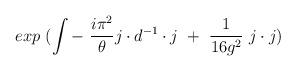
LaTeX: \begin{align*}exp~(\int -~{i\pi^2\over\theta}j\cdot d^{-1}\cdot j{}~+~{1\over 16g^2}~j\cdot j)\end{align*}